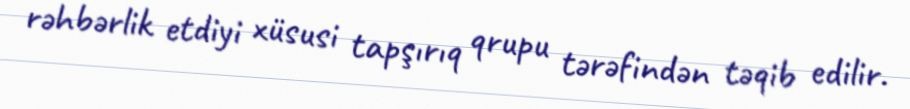
rəhbərlik etdiyi xüsusi tapşırıq qrupu tərəfindən təqib edilir.